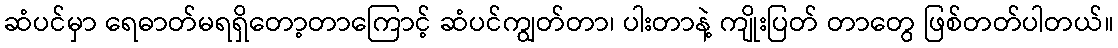
ဆံပင်မှာ ရေဓာတ်မရရှိတော့တာကြောင့် ဆံပင်ကျွတ်တာ၊ ပါးတာနဲ့ ကျိုးပြတ် တာတွေ ဖြစ်တတ်ပါတယ်။